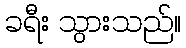
ခရီး သွားသည်။